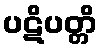
ပဋိပတ္တိ